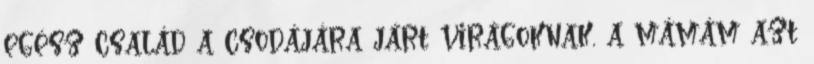
egész család a csodájára járt virágoknak, a mámám azt